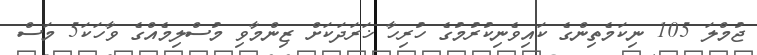
ޖުމްލަ 105 ނިކަމެތިންގެ ކައިވެނިކުރުމުގެ ހުރިހާ ޚަރަދަކަށް ޒިންމާވި މުސްލިމެއްގެ ވާހަކަ5 މަސް